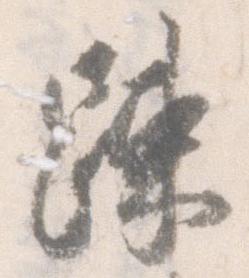
疎